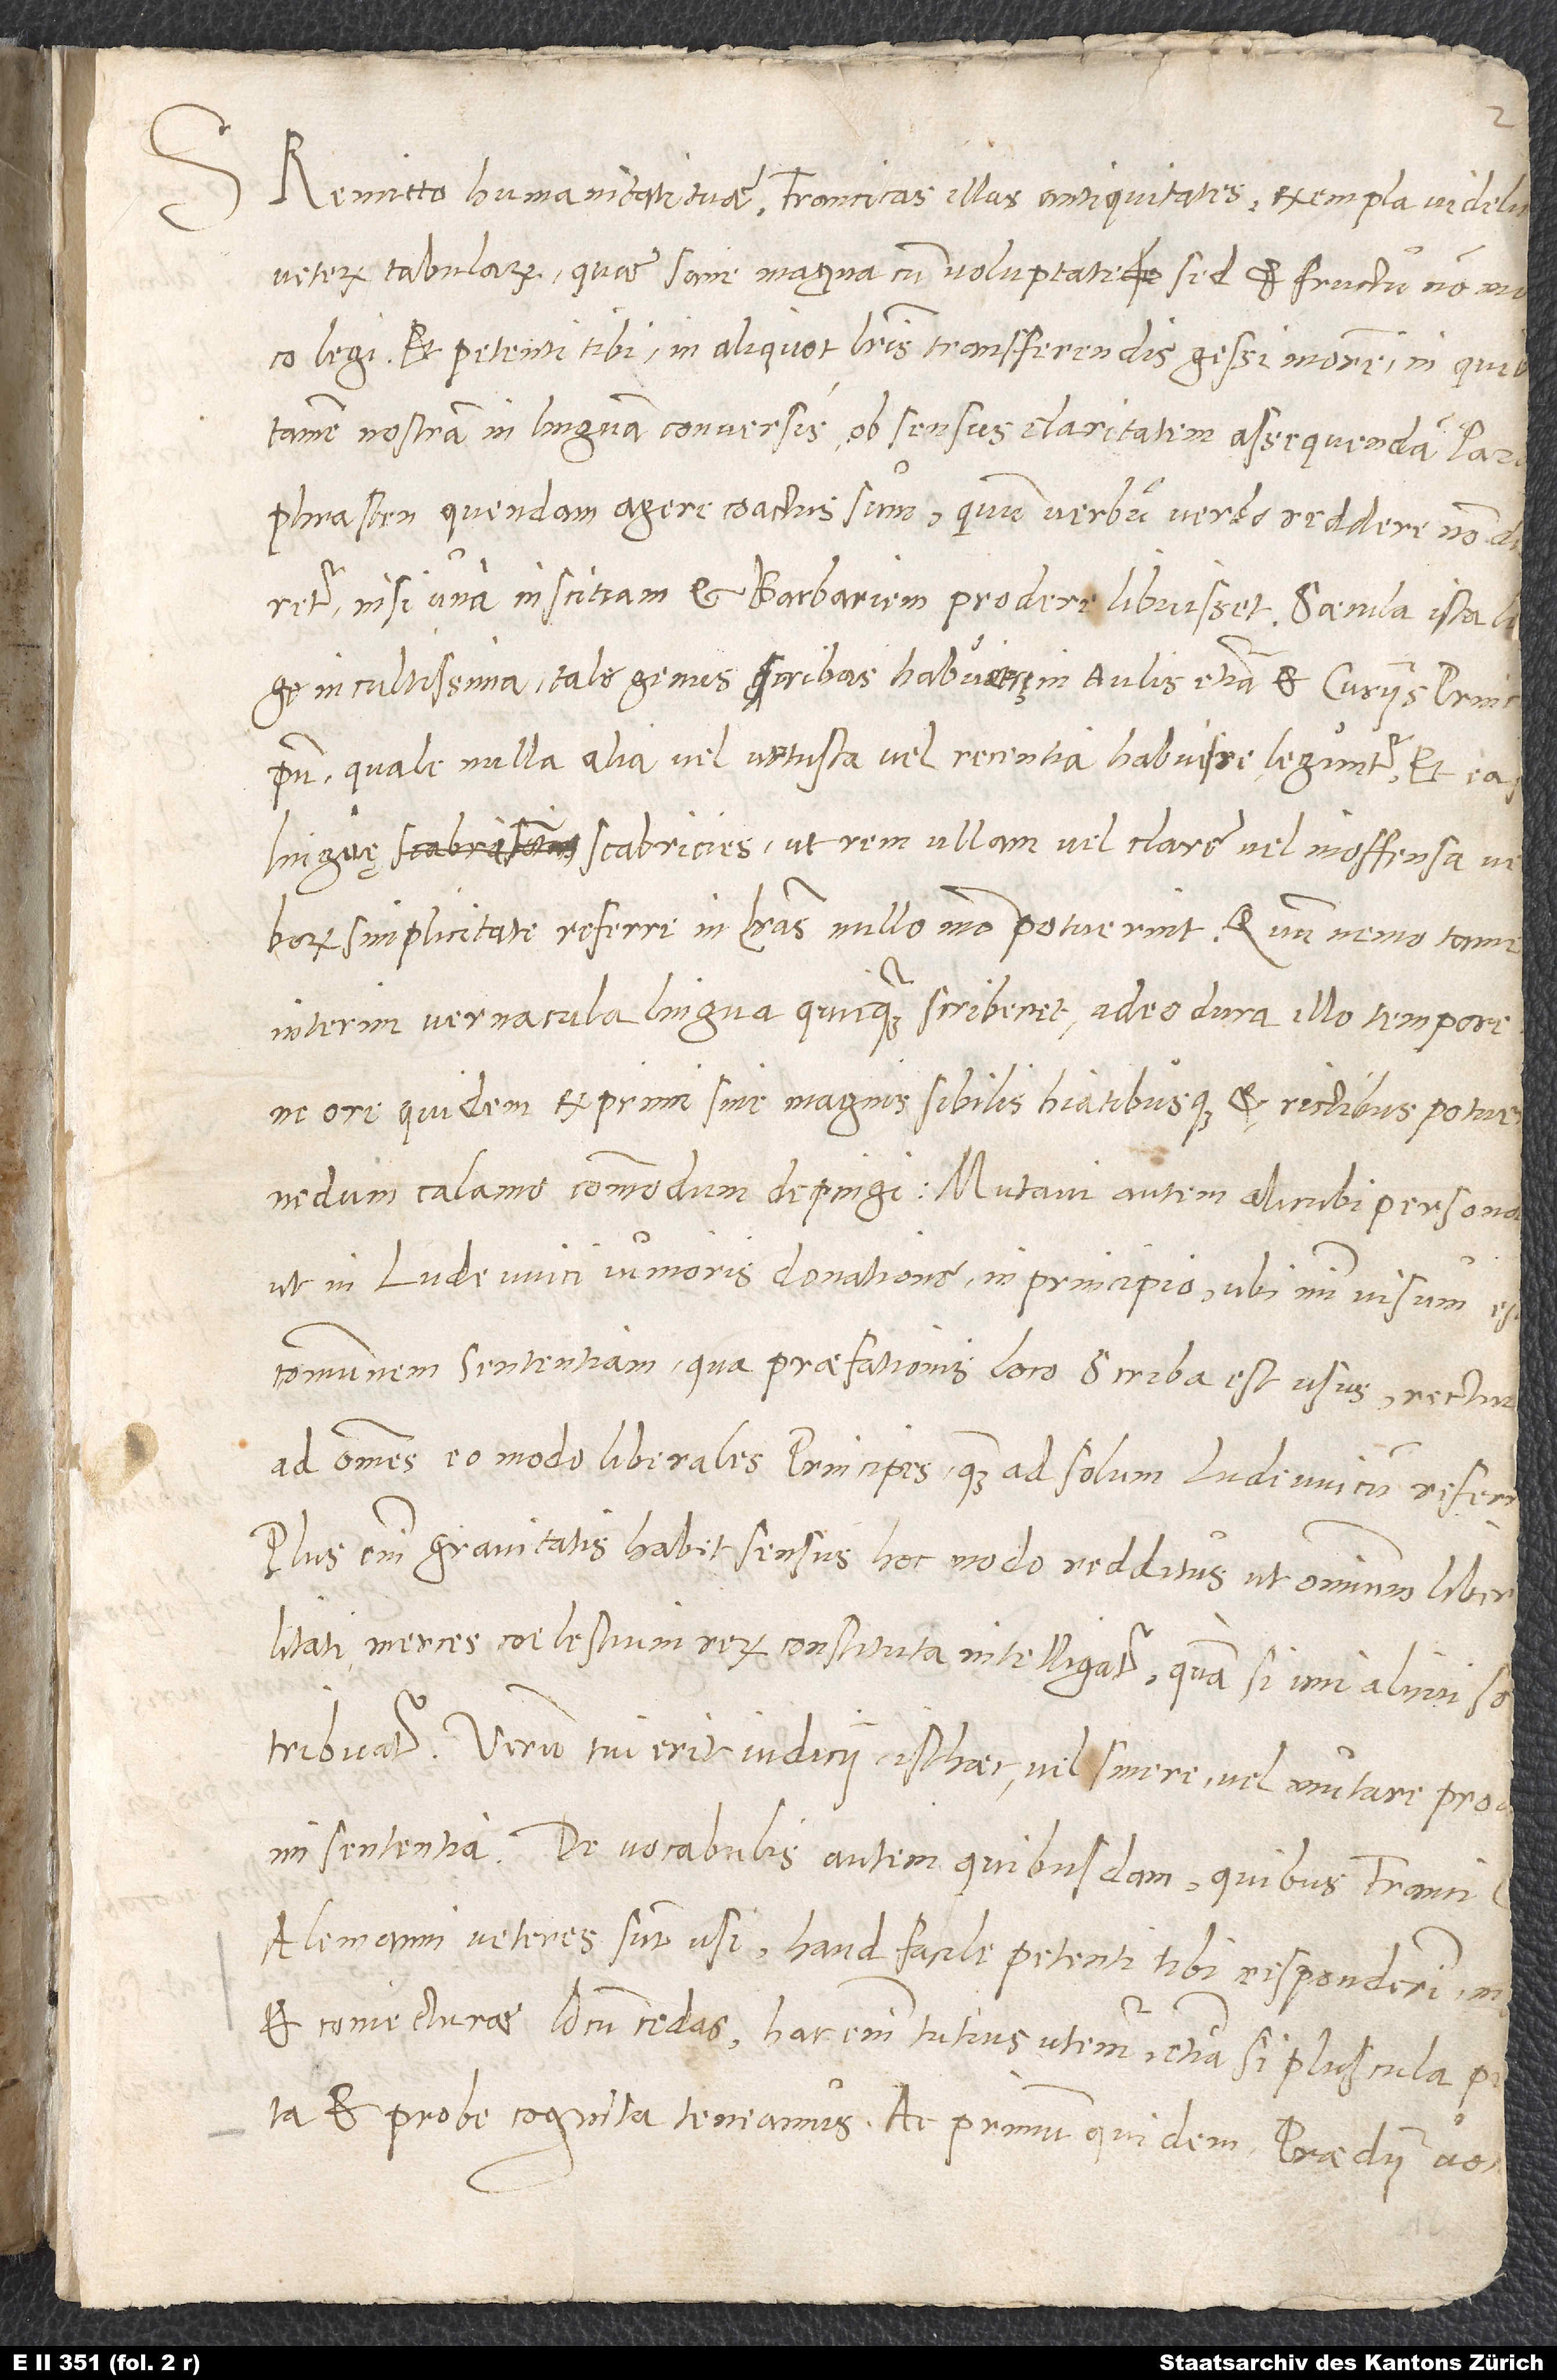
Remitto humanitati tuae Francicas illas antiquitates, exempla videlic.
Plus enim gravitatis habet sensus hoc modo redditus, ut omnium libermi
Alemanni veteres sunt usi, haud facile petenti tibi responderim, ni
et coniecturae locum cedas; hac enim tutius utemur, etiamsi pluscula pe